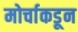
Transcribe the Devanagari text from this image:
मोर्चाकडून